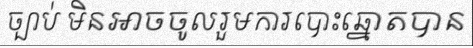
ច្បាប់ មិនអាចចូលរួមការបោះឆ្នោតបាន